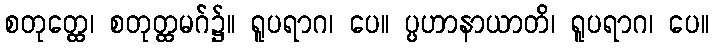
စတုတ္ထေ၊ စတုတ္ထမဂ်၌။ ရူပရာဂ၊ ပေ။ ပ္ပဟာနာယာတိ၊ ရူပရာဂ၊ ပေ။